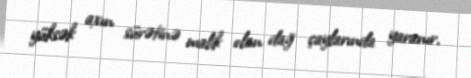
yüksək axın sürətinə malik olan dağ çaylarında yaranır.